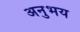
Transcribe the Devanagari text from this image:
अनुभय